Indian journal of veterinary science and animal husbandry - Volume 2,
Year: 1932
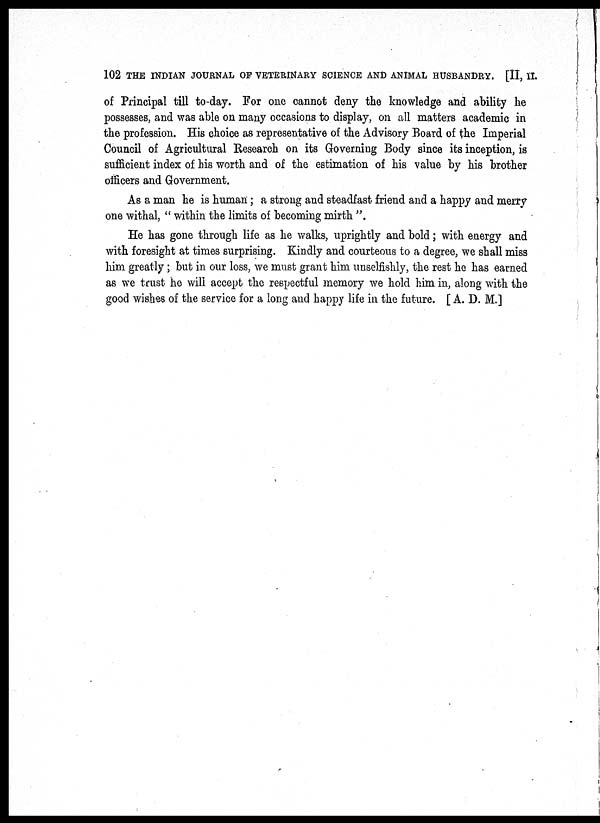
102 THE INDIAN JOURNAL OF VETERINARY SCIENCE AND ANIMAL HUSBANDRY. [II, II.
of Principal till to-day. For one cannot deny the knowledge and ability he
possesses, and was able on many occasions to display, on all matters academic in
the profession. His choice as representative of the Advisory Board of the Imperial
Council of Agricultural Research on its Governing Body since its inception, is
sufficient index of his worth and of the estimation of his value by his brother
officers and Government.
As a man he is human; a strong and steadfast friend and a happy and merry
one withal, " within the limits of becoming mirth ".
He has gone through life as he walks, uprightly and bold; with energy and
with foresight at times surprising. Kindly and courteous to a degree, we shall miss
him greatly; but in our loss, we must grant him unselfishly, the rest he has earned
as we trust he will accept the respectful memory we hold him in, along with the
good wishes of the service for a long and happy life in the future. [ A. D. M.]